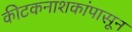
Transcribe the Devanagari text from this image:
कीटकनाशकांपासून